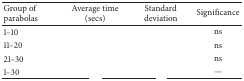
<table><thead><tr><td><b>Group of parabolas</b></td><td><b>Average time (secs)</b></td><td><b>Standard deviation</b></td><td><b>Significance</b></td></tr></thead><tbody><tr><td>1–10</td><td>[EMPTY_CELL]</td><td>[EMPTY_CELL]</td><td>ns</td></tr><tr><td>11–20</td><td>[EMPTY_CELL]</td><td>[EMPTY_CELL]</td><td>ns</td></tr><tr><td>21–30</td><td>[EMPTY_CELL]</td><td>[EMPTY_CELL]</td><td>ns</td></tr><tr><td>1–30</td><td>[EMPTY_CELL]</td><td>[EMPTY_CELL]</td><td>—</td></tr></tbody></table>